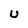
Character: U